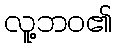
လူ့ဘဝ၏